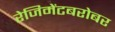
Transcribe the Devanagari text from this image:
रेजिमेंटबरोबर